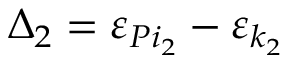
\Delta _ { 2 } = \varepsilon _ { P i _ { 2 } } - \varepsilon _ { k _ { 2 } }